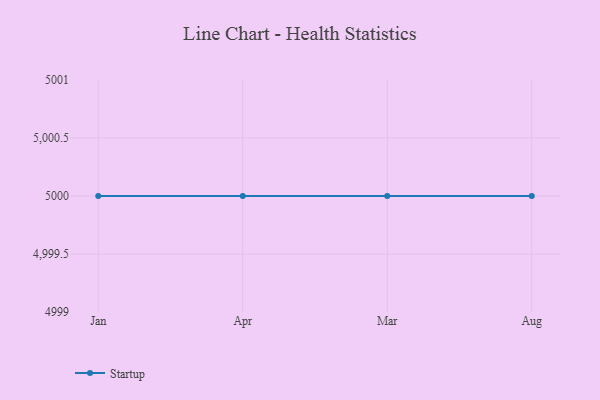
{"axis": {"x": "Month", "y": "Revenue (USD Million)"}, "legend": ["Startup"], "data": [{"x": "Jan", "y": 5000, "type": "Startup"}, {"x": "Apr", "y": 5000, "type": "Startup"}, {"x": "Mar", "y": 5000, "type": "Startup"}, {"x": "Aug", "y": 5000, "type": "Startup"}]}